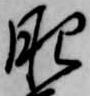
肥